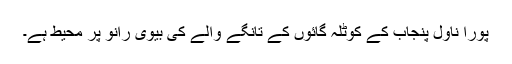
پورا ناول پنجاب کے کوٹلہ گائوں کے تانگے والے کی بیوی رانو پر محیط ہے۔